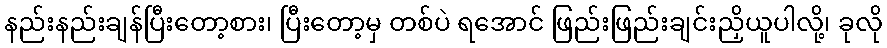
နည်းနည်းချန်ပြီးတော့စား၊ ပြီးတော့မှ တစ်ပဲ ရအောင် ဖြည်းဖြည်းချင်းညှိယူပါလို့၊ ခုလို